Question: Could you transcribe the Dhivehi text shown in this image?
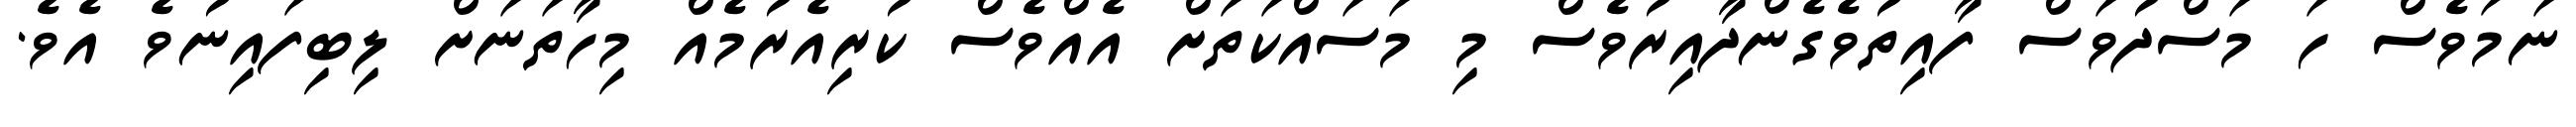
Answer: ނަމަވެސް ހަ މަސްދުވަސް ފާއިތުވެގެންދާއިރުވެސް މި މަސައްކަތަށް އެއްވެސް ކުރިއެރުމެއް މިހާތަނަށް ލިބިފައިނުވެ އެވެ.